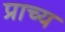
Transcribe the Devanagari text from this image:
प्राच्‍य